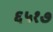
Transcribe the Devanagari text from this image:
६५१७